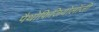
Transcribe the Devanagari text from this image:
पैथोफिजियोलॉजी